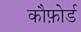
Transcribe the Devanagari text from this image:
कौफ़ोर्ड